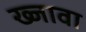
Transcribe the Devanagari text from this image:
ख्जावा